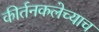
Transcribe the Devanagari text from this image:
कीर्तनकलेच्याच